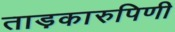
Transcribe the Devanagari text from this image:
ताड़कारुपिणी